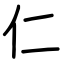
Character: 仁